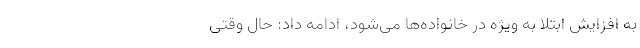
به افزایش ابتلا به ویژه در خانواده‌ها می‌شود، ادامه داد: حال وقتی